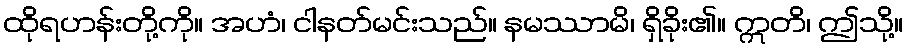
ထိုရဟန်းတို့ကို။ အဟံ၊ ငါနတ်မင်းသည်။ နမဿာမိ၊ ရှိခိုး၏။ ဣတိ၊ ဤသို့။